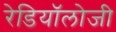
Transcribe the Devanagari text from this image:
रेडियॉलोजी